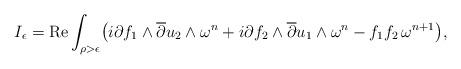
LaTeX: \begin{gather*}I_\epsilon=\operatorname{Re}\int_{\rho>\epsilon}\bigl(i\partial f_1\wedge \overline{\partial}u_2\wedge\omega^n+i\partial f_2\wedge \overline{\partial}u_1\wedge\omega^n-f_1f_2\,\omega^{n+1}\bigr),\end{gather*}